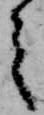
之